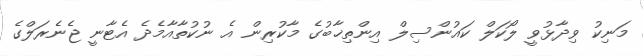
މަނިކު ވިދާޅުވީ ލޯކަލް ކައުންސިލް އިންތިޚާބުގެ މާކުރިން އެ ނުކުތާއާމެދެ އެޓާނީ ޖެނެރަލްގެ